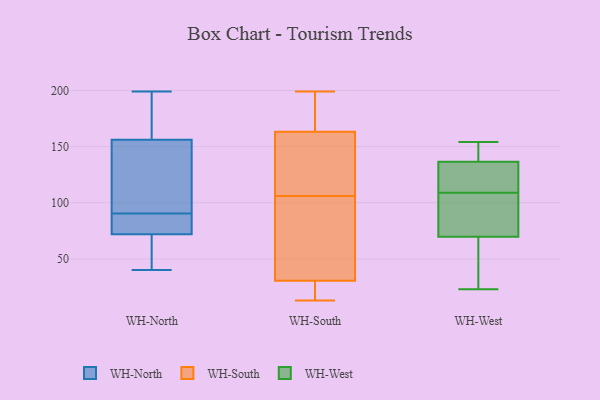
{"axis": {"x": "Website Visitors", "y": "Value"}, "legend": ["WH-North", "WH-South", "WH-West"], "data": [{"x": "", "y": 199, "type": "WH-North"}, {"x": "", "y": 72, "type": "WH-North"}, {"x": "", "y": 76, "type": "WH-North"}, {"x": "", "y": 48, "type": "WH-North"}, {"x": "", "y": 121, "type": "WH-North"}, {"x": "", "y": 129, "type": "WH-North"}, {"x": "", "y": 64, "type": "WH-North"}, {"x": "", "y": 72, "type": "WH-North"}, {"x": "", "y": 96, "type": "WH-North"}, {"x": "", "y": 156, "type": "WH-North"}, {"x": "", "y": 112, "type": "WH-North"}, {"x": "", "y": 175, "type": "WH-North"}, {"x": "", "y": 160, "type": "WH-North"}, {"x": "", "y": 75, "type": "WH-North"}, {"x": "", "y": 59, "type": "WH-North"}, {"x": "", "y": 40, "type": "WH-North"}, {"x": "", "y": 194, "type": "WH-North"}, {"x": "", "y": 85, "type": "WH-North"}, {"x": "", "y": 167, "type": "WH-South"}, {"x": "", "y": 74, "type": "WH-South"}, {"x": "", "y": 199, "type": "WH-South"}, {"x": "", "y": 181, "type": "WH-South"}, {"x": "", "y": 25, "type": "WH-South"}, {"x": "", "y": 30, "type": "WH-South"}, {"x": "", "y": 58, "type": "WH-South"}, {"x": "", "y": 119, "type": "WH-South"}, {"x": "", "y": 140, "type": "WH-South"}, {"x": "", "y": 32, "type": "WH-South"}, {"x": "", "y": 106, "type": "WH-South"}, {"x": "", "y": 190, "type": "WH-South"}, {"x": "", "y": 152, "type": "WH-South"}, {"x": "", "y": 13, "type": "WH-South"}, {"x": "", "y": 28, "type": "WH-South"}, {"x": "", "y": 138, "type": "WH-West"}, {"x": "", "y": 23, "type": "WH-West"}, {"x": "", "y": 145, "type": "WH-West"}, {"x": "", "y": 117, "type": "WH-West"}, {"x": "", "y": 86, "type": "WH-West"}, {"x": "", "y": 154, "type": "WH-West"}, {"x": "", "y": 43, "type": "WH-West"}, {"x": "", "y": 107, "type": "WH-West"}, {"x": "", "y": 136, "type": "WH-West"}, {"x": "", "y": 131, "type": "WH-West"}, {"x": "", "y": 73, "type": "WH-West"}, {"x": "", "y": 115, "type": "WH-West"}, {"x": "", "y": 109, "type": "WH-West"}, {"x": "", "y": 78, "type": "WH-West"}, {"x": "", "y": 58, "type": "WH-West"}, {"x": "", "y": 146, "type": "WH-West"}, {"x": "", "y": 60, "type": "WH-West"}]}